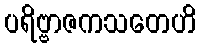
ပရိဗ္ဗာဇကသတေဟိ